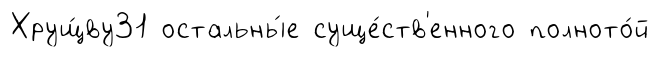
Хрущ́ву31 остальны́е суще́ств'енного полното́й